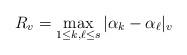
LaTeX: \begin{align*} R_v=\max_{1\le k,\ell\le s}|\alpha_k-\alpha_\ell|_v\end{align*}